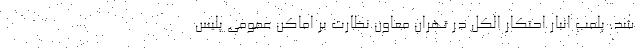
شد. پلمب انبار احتکار الکل در تهران معاون نظارت بر اماکن عمومی پلیس